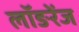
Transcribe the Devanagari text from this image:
लॉङरेंज